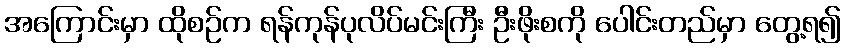
အကြောင်းမှာ ထိုစဉ်က ရန်ကုန်ပုလိပ်မင်းကြီး ဦးဖိုးစကို ပေါင်းတည်မှာ တွေ့ရ၍